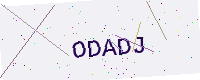
Text: ODADJ